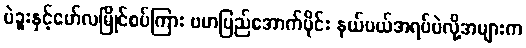
ပဲခူးနှင့်မော်လမြိုင်စပ်ကြား ဗမာပြည်အောက်ပိုင်း နယ်ပယ်အရပ်ပဲလို့အများက